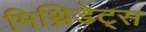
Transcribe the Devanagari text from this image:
मिथ्रिडेट्स